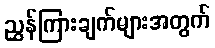
ညွှန်ကြားချက်များအတွက်